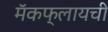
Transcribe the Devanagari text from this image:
मॅकफ्लायची